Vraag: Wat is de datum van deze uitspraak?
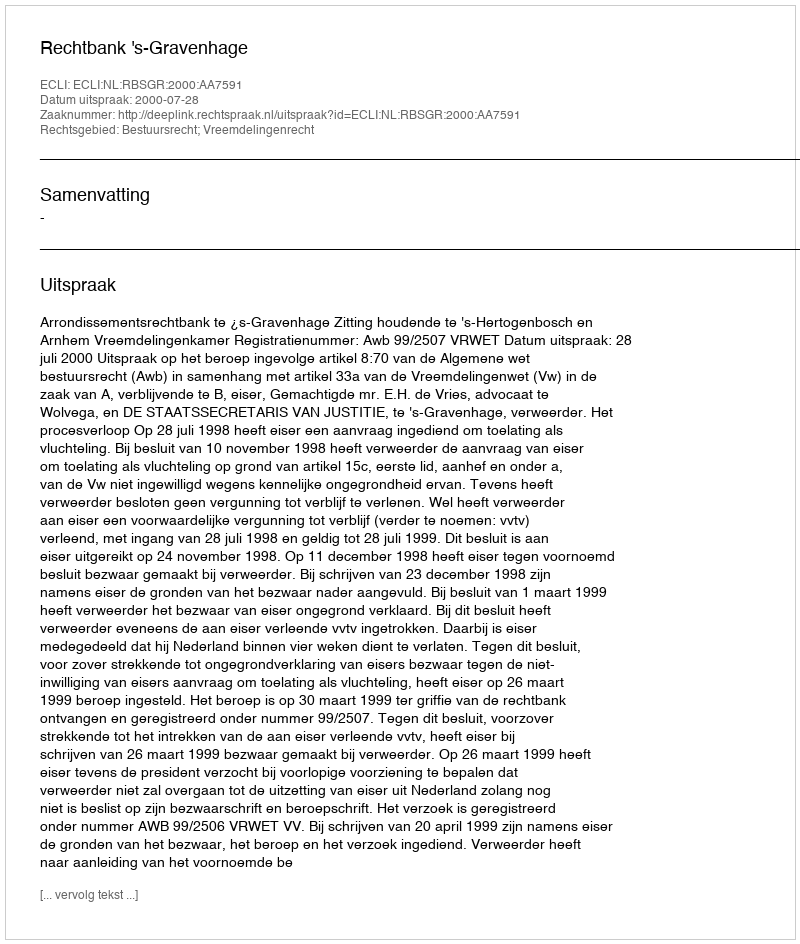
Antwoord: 2000-07-28